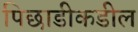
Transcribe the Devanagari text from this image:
पिछाडीकडील